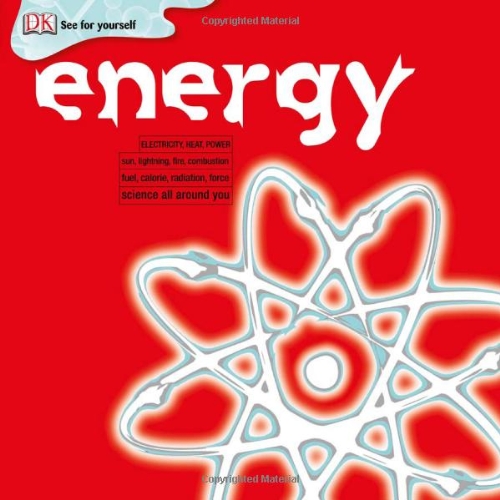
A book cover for Energy (DK See for Yourself); Chris Woodford; Children's Books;